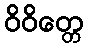
ဝိဝိတ္တေ